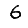
Digit: 6